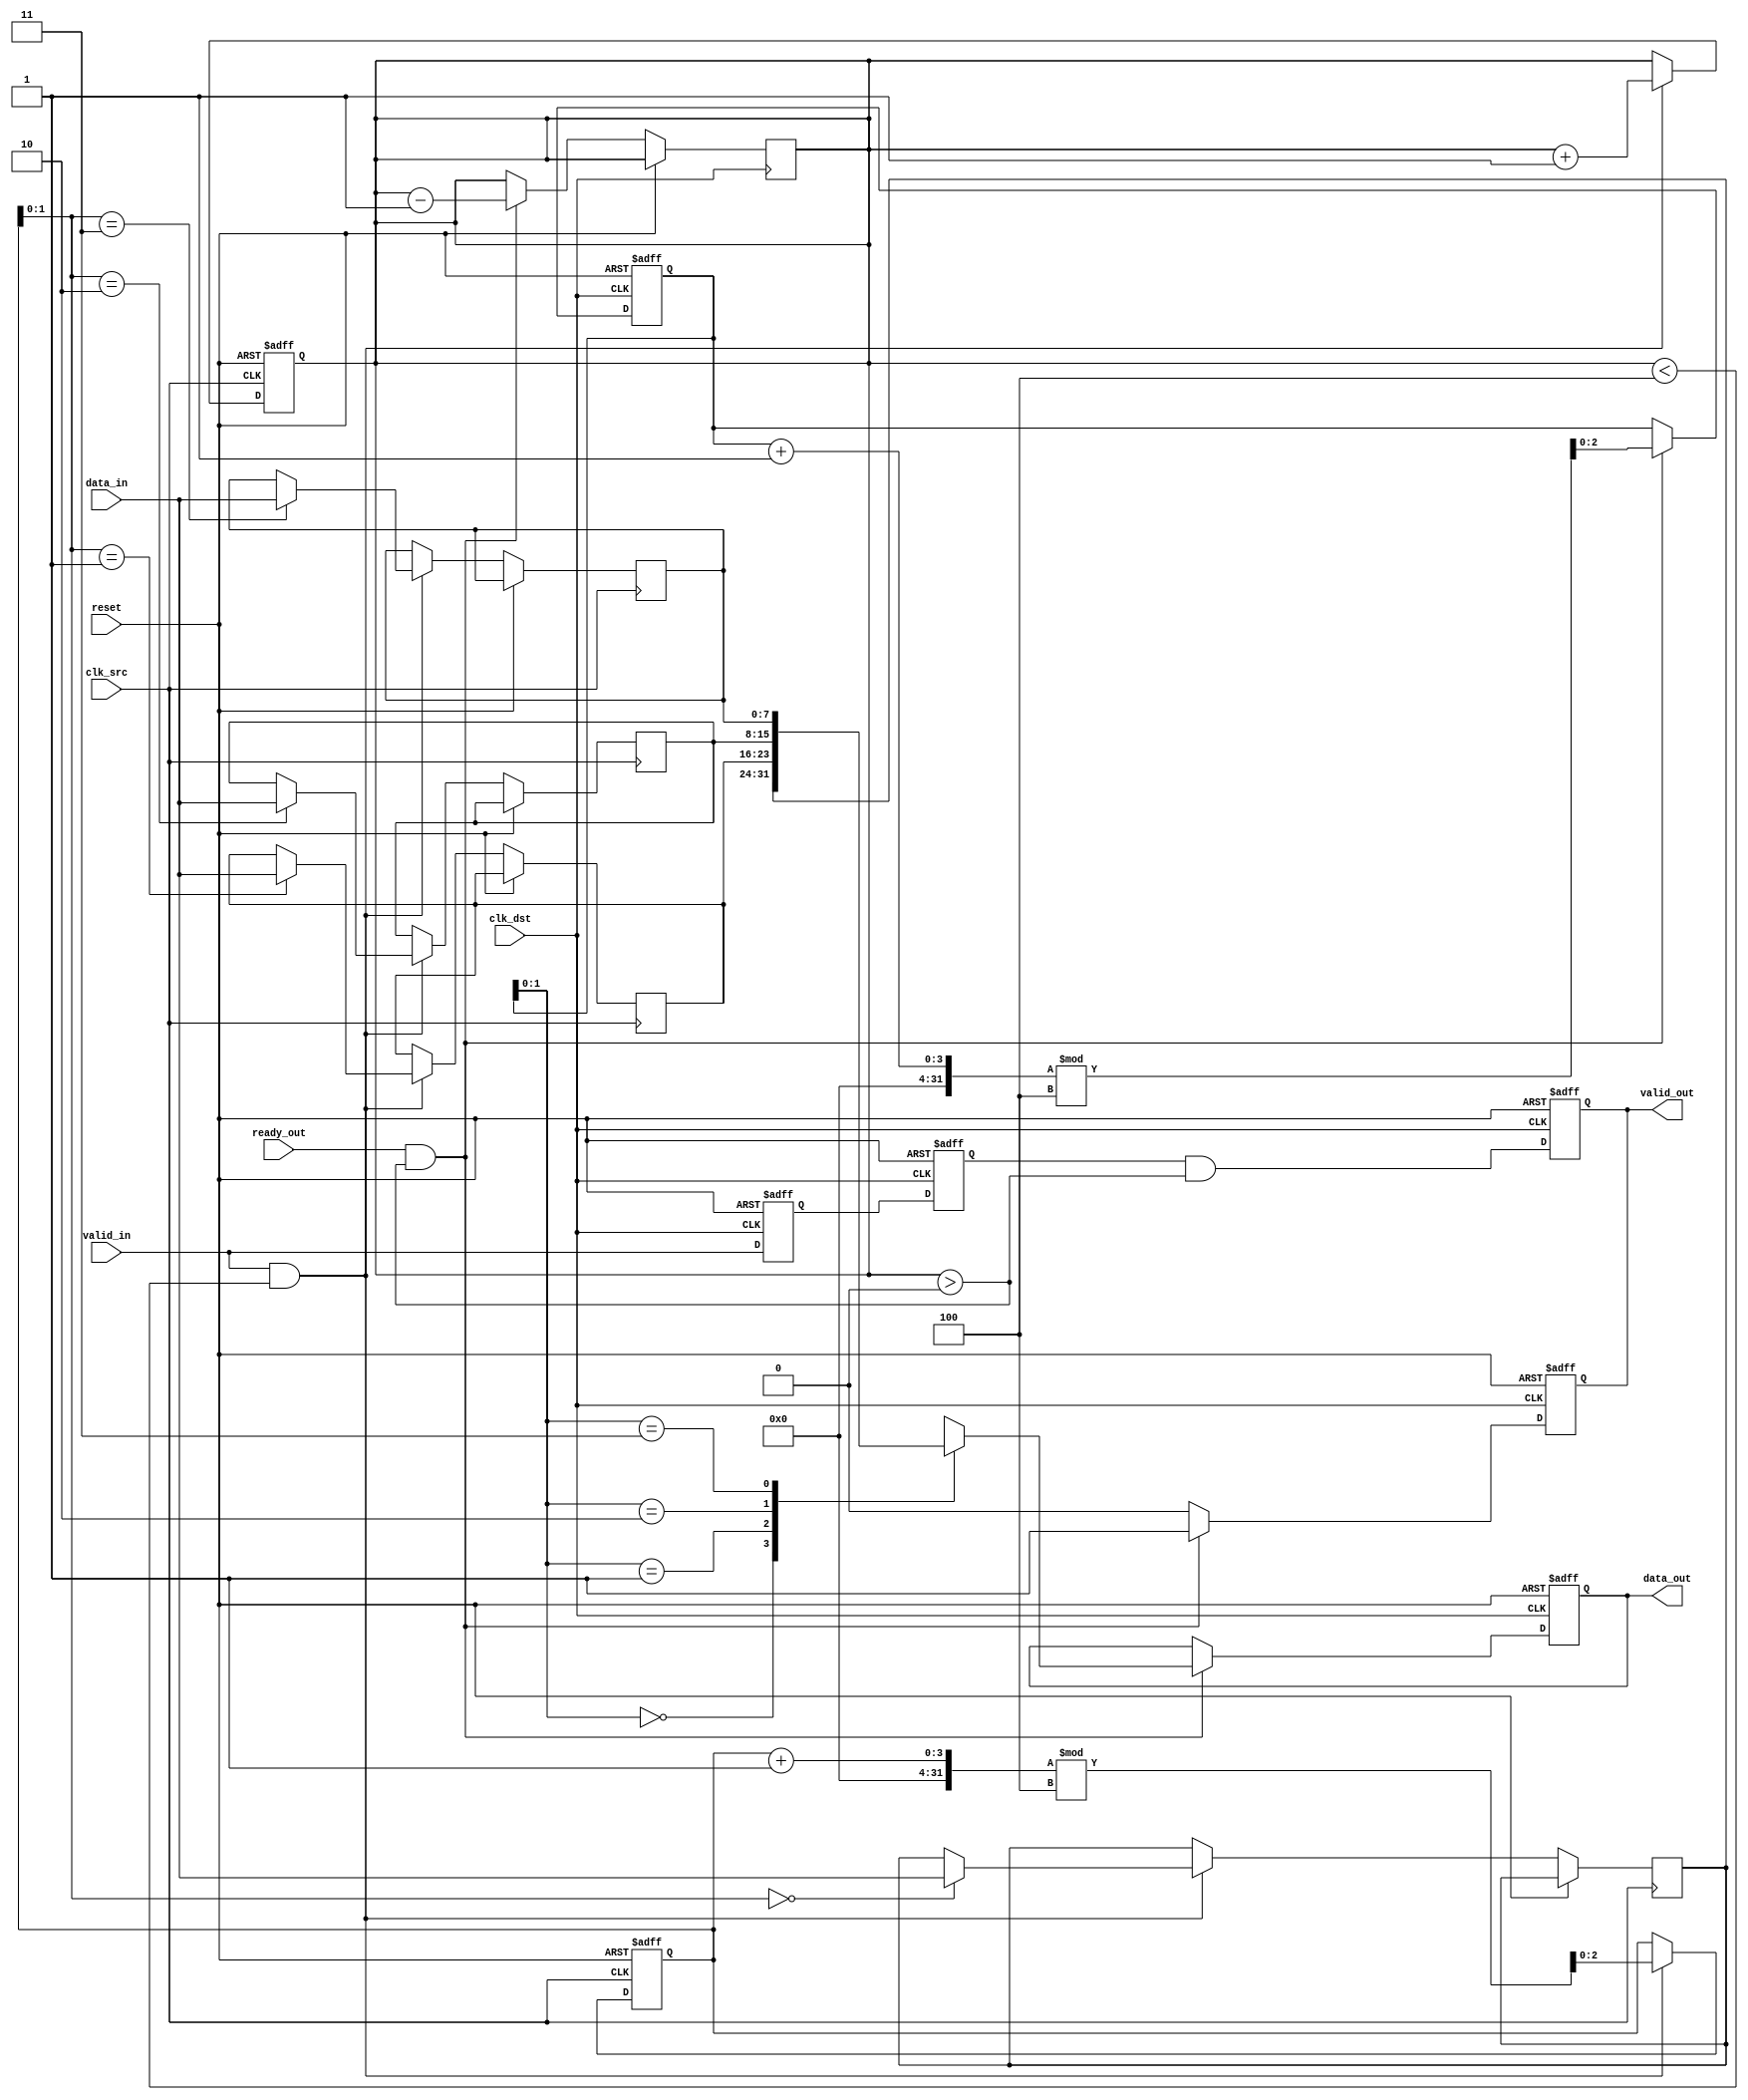
module mem_blocks_pipeline_synchronizer #(
    parameter DATA_WIDTH = 8,
    parameter FIFO_DEPTH = 4
)(
    input wire clk_src,                // Source clock
    input wire clk_dst,                // Destination clock
    input wire [DATA_WIDTH-1:0] data_in, // Data input from source clock domain
    input wire valid_in,               // Valid signal from source clock domain
    output reg [DATA_WIDTH-1:0] data_out, // Synchronized data output to destination clock domain
    output reg valid_out,              // Valid signal for output data
    input wire ready_out,              // Ready signal from destination clock domain
    input wire reset                   // Asynchronous reset
);

    // FIFO buffer
    reg [DATA_WIDTH-1:0] fifo [0:FIFO_DEPTH-1];
    reg [2:0] write_ptr;               // Write pointer
    reg [2:0] read_ptr;                // Read pointer
    reg [2:0] count;                   // Number of items in FIFO

    // Synchronization registers
    reg [DATA_WIDTH-1:0] sync_data_1;
    reg [DATA_WIDTH-1:0] sync_data_2;
    reg valid_sync_1, valid_sync_2;

    // Write data into FIFO on valid signal from source clock domain
    always @(posedge clk_src or posedge reset) begin
        if (reset) begin
            write_ptr <= 0;
            count <= 0;
        end else if (valid_in && (count < FIFO_DEPTH)) begin
            fifo[write_ptr] <= data_in;
            write_ptr <= (write_ptr + 1) % FIFO_DEPTH;
            count <= count + 1;
        end
    end

    // Read data from FIFO and synchronize to destination clock domain
    always @(posedge clk_dst or posedge reset) begin
        if (reset) begin
            read_ptr <= 0;
            valid_out <= 0;
            data_out <= 0;
        end else begin
            if (ready_out && (count > 0)) begin
                data_out <= fifo[read_ptr];
                valid_out <= 1;
                read_ptr <= (read_ptr + 1) % FIFO_DEPTH;
                count <= count - 1;
            end else begin
                valid_out <= 0; // Set valid_out low if not ready
            end
        end
    end

    // Synchronize valid signal
    always @(posedge clk_dst or posedge reset) begin
        if (reset) begin
            valid_sync_1 <= 0;
            valid_sync_2 <= 0;
        end else begin
            valid_sync_1 <= valid_in;
            valid_sync_2 <= valid_sync_1;
        end
    end

    // Assign synchronized valid signal to output
    always @(posedge clk_dst or posedge reset) begin
        if (reset) begin
            valid_out <= 0;
        end else begin
            valid_out <= valid_sync_2 && (count > 0);
        end
    end

endmodule